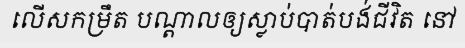
លើសកម្រឹត បណ្តាលឲ្យស្លាប់បាត់បង់ជីវិត នៅ